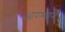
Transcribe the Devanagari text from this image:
आरश्याने